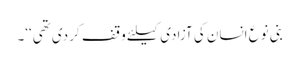
بنی نوع انسان کی آزادی کیلئے وقف کر دی تھی‘‘۔